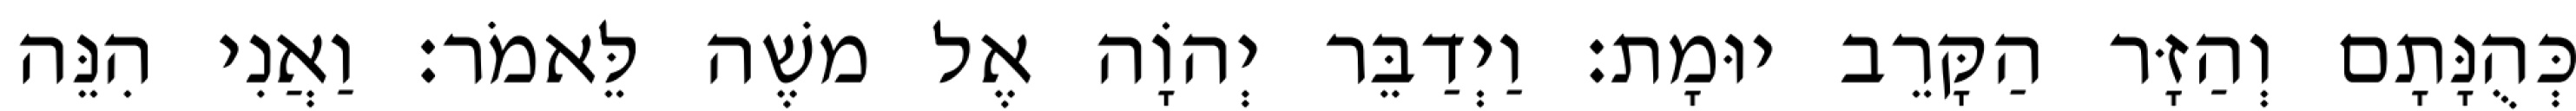
כְּהֻנָּתָם וְהַזָּר הַקָּרֵב יוּמָת׃ וַיְדַבֵּר יְהוָֹה אֶל משֶׁה לֵּאמֹר׃ וַאֲנִי הִנֵּה